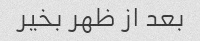
بعد از ظهر بخیر